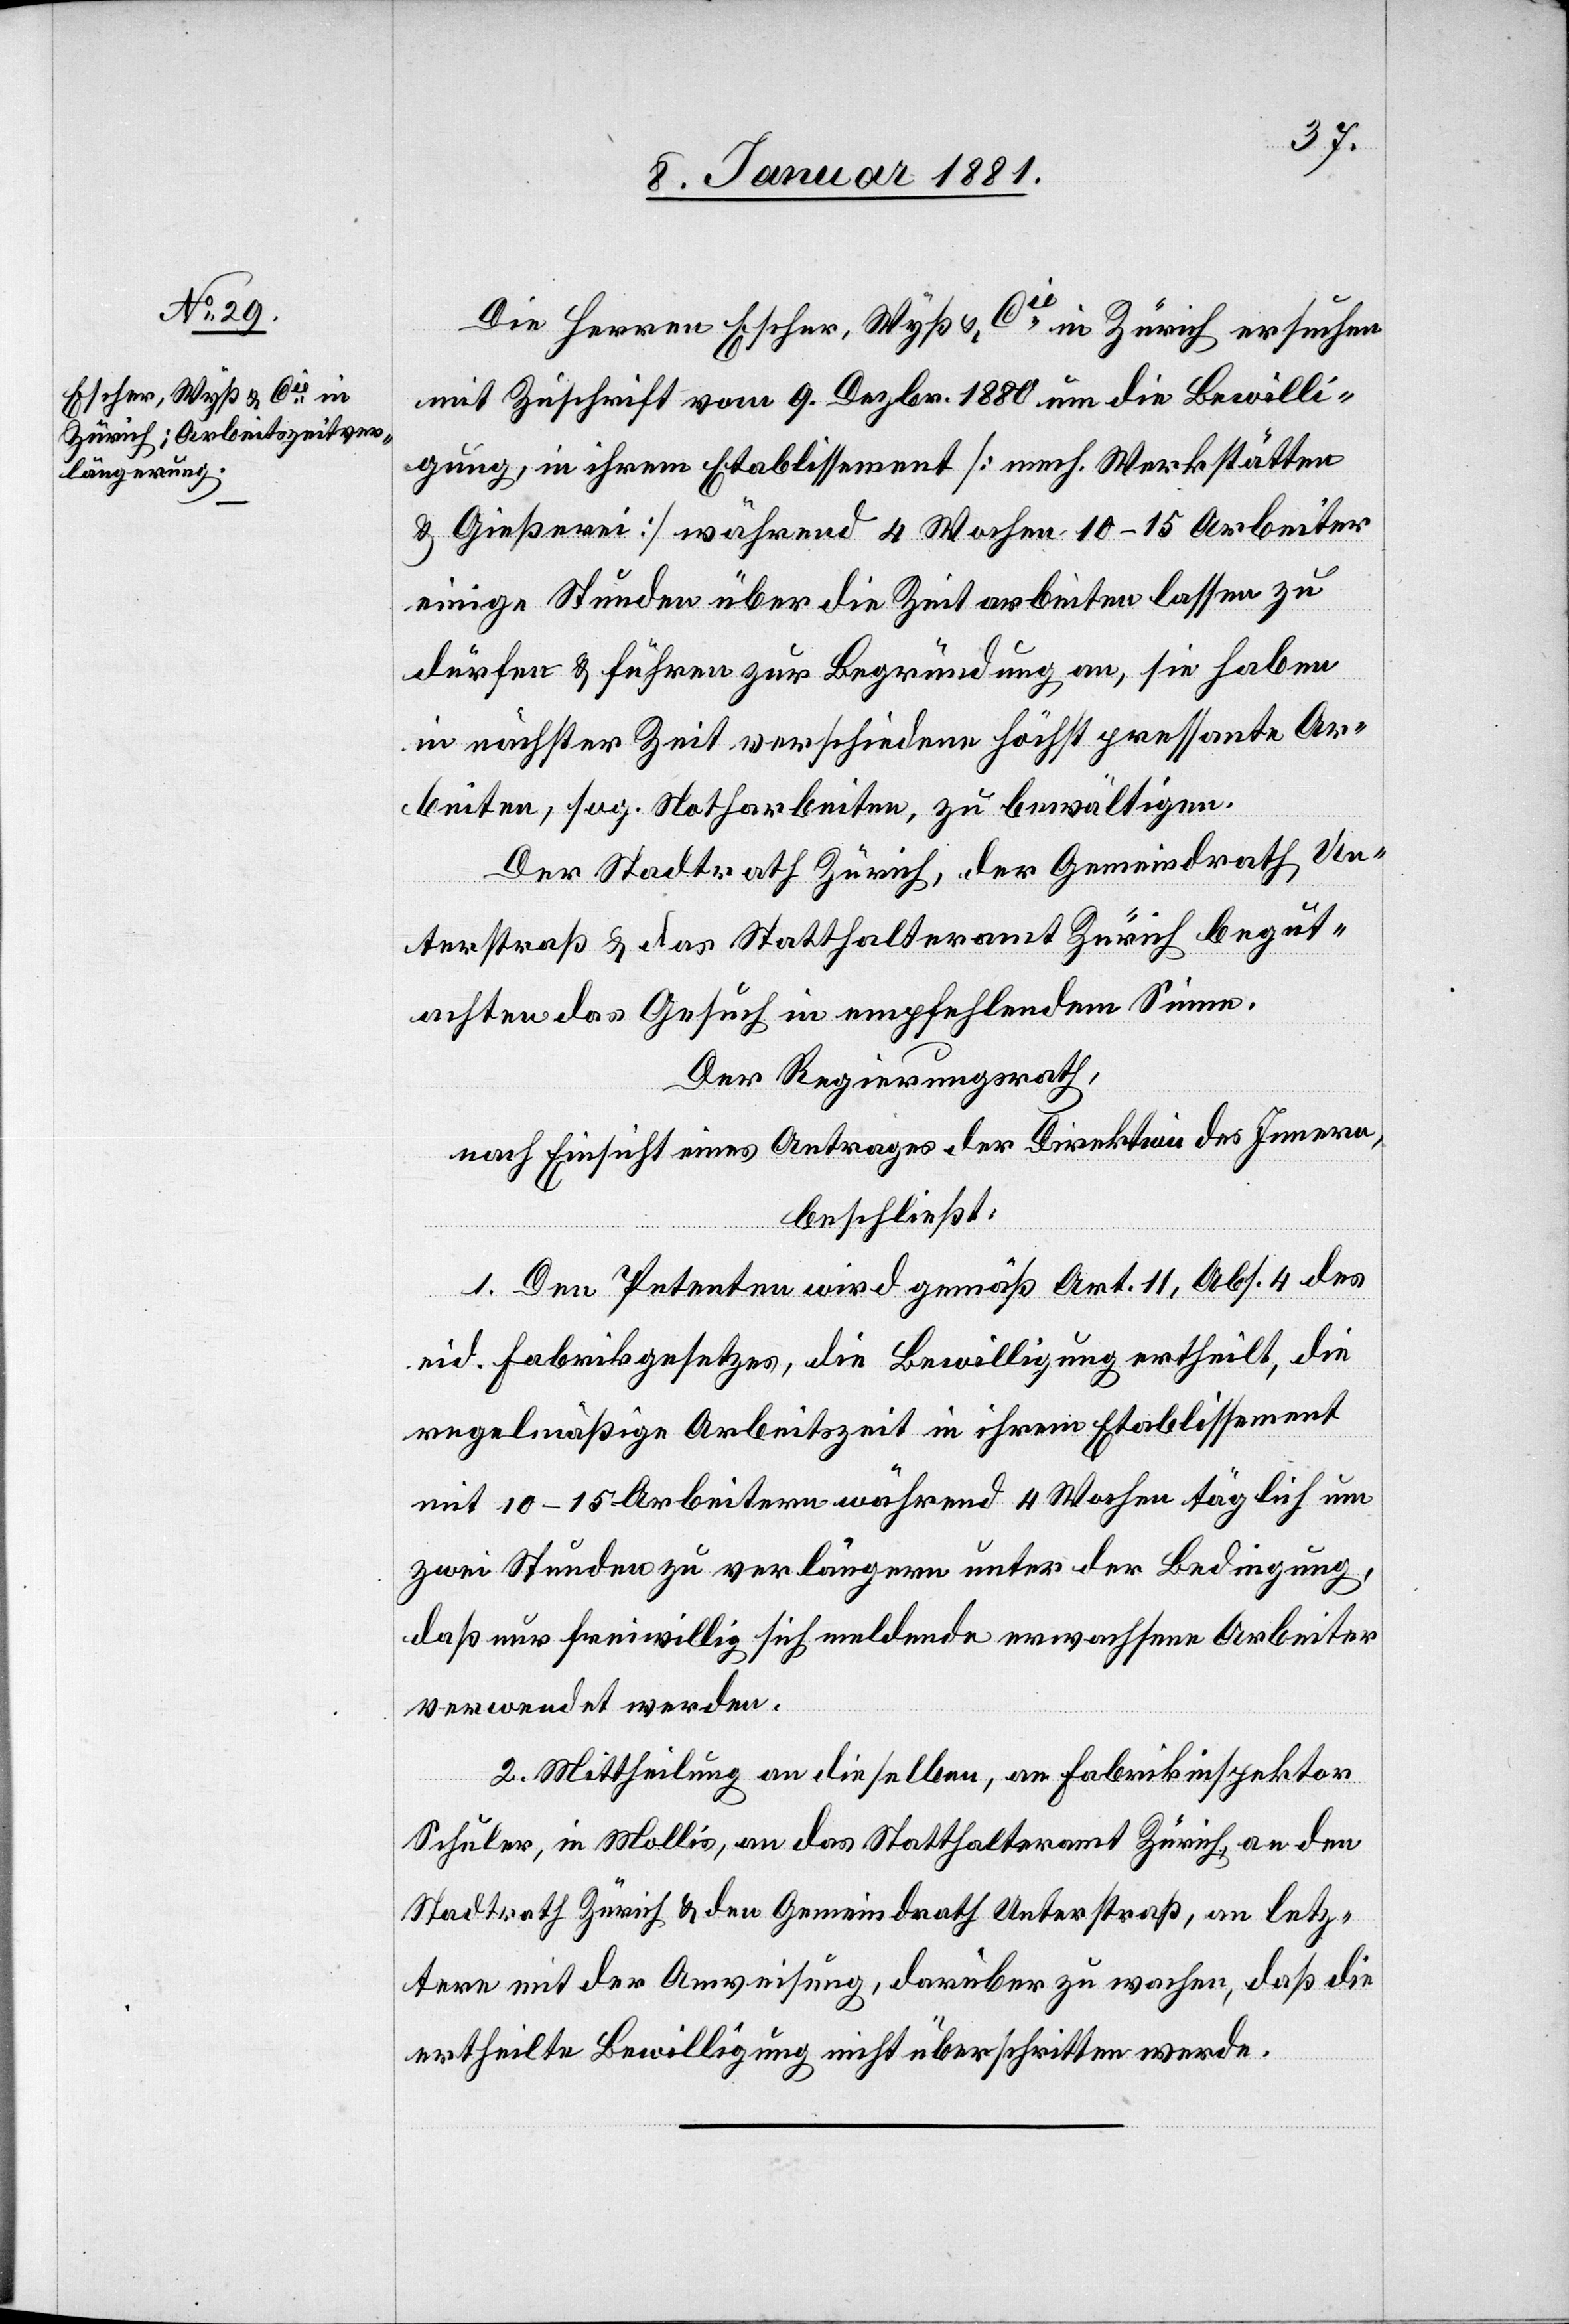
Die Herren Escher, Wyß & Cie in Zürich ersuchen
mit Zuschrift vom 9. Dezbr. 1880 um die Bewilli¬
gung, in ihrem Etablissement [mech. Werkstätten
& Gießerei] während 4 Wochen 10–15 Arbeiter
einige Stunden über die Zeit arbeiten lassen zu
dürfen & führen zur Begründung an, sie haben
in nächster Zeit verschiedene höchst pressante Ar¬
beiten, sog. Notharbeiten, zu bewältigen.
Der Stadtrath Zürich, der Gemeindrath Un¬
terstraß & das Statthalteramt Zürich begut¬
achten das Gesuch in empfehlendem Sinne.
Der Regierungsrath,
nach Einsicht eines Antrages der Direktion des Innern,
beschließt:
1. Den Petenten wird gemäß Art. 11, Abs. 4 des
eid. Fabrikgesetzes, die Bewilligung ertheilt, die
regelmäßige Arbeitszeit in ihrem Etablissement
mit 10–15 Arbeitern während 4 Wochen täglich um
zwei Stunden zu verlängern unter der Bedingung,
daß nur freiwillig sich meldende erwachsene Arbeiter
verwendet werden.
2. Mittheilung an dieselben, an Fabrikinspektor
Schuler, in Mollis, an das Statthalteramt Zürich, an den
Stadtrath Zürich & den Gemeindrath Unterstraß, an letz¬
tere mit der Anweisung, darüber zu wachen, daß die
ertheilte Bewilligung nicht überschritten werde.